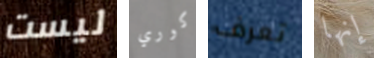
ليست كوري تعرف إنها